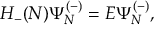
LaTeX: H _ { - } ( { \cal N } ) \Psi _ { N } ^ { ( - ) } = E \Psi _ { N } ^ { ( - ) } ,